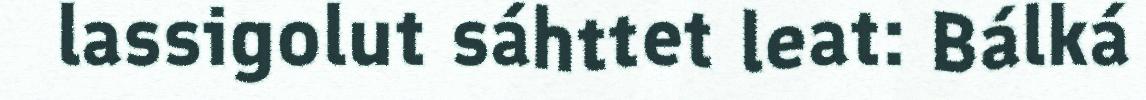
lassigolut sáhttet leat: Bálká